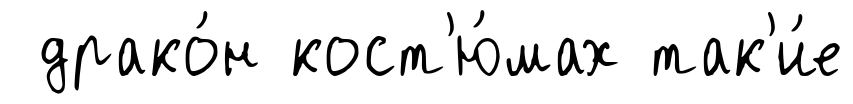
драко́н кост'ю́мах так'и́е